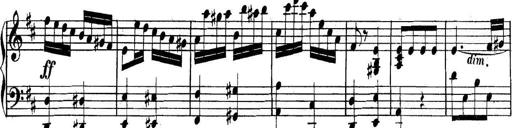
Title: Collected Piano Sonatas
Composer: Muzio Clementi